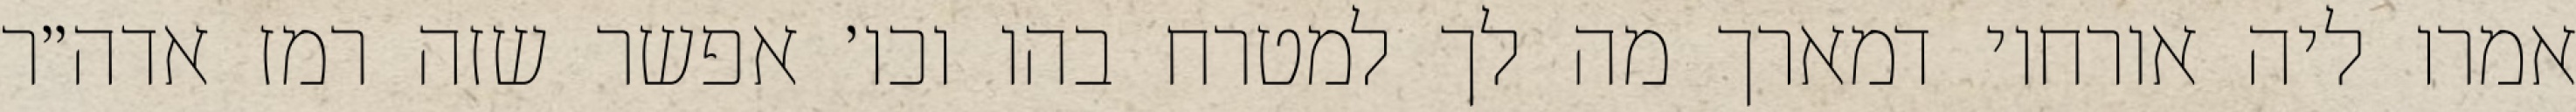
אמרו ליה אורחוי דמארך מה לך למטרח בהו וכו׳ אפשר שזה רמז אדה״ר